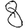
Digit: 8